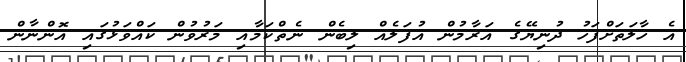
އެ ހާލަތަށްފަހު ދުނިޔޭގެ އަރާމުން އުފަލެއް ލިބެން ނެތްކަމާއި މަރުވުން ކައްވަޅުގައި އޮންނާން